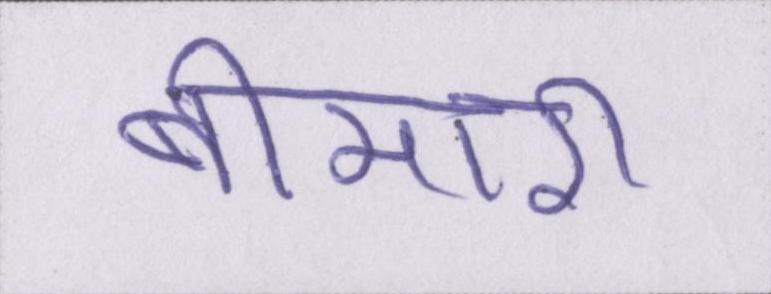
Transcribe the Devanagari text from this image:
बीमारी